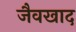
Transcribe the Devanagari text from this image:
जैवखाद